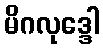
မိဂလုဒ္ဒေါ